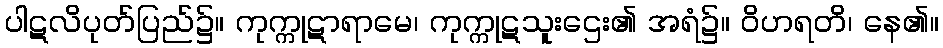
ပါဋလိပုတ်ပြည်၌။ ကုက္ကုဋာရာမေ၊ ကုက္ကုဋသူးဌေး၏ အရံ၌။ ဝိဟရတိ၊ နေ၏။